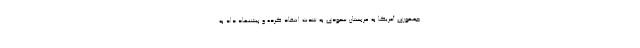
جمهوری آمریکا به عربستان سعودی به شدت انتقاد کرده و پیشنهاد داد به